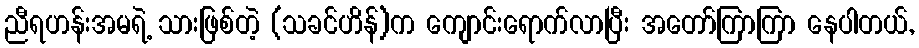
ညီရဟန်းအမရဲ့ သားဖြစ်တဲ့ (သခင်ဟိန်)က ကျောင်းရောက်လာပြီး အတော်ကြာကြာ နေပါတယ်,